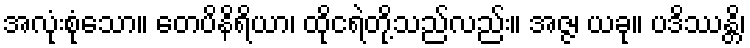
အလုံးစုံသော။ တေပိနိရိယာ၊ ထိုငရဲတို့သည်လည်း။ အဇ္ဇ၊ ယခု။ ပဒိဿန္တိ၊